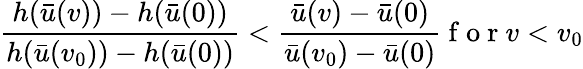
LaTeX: \frac{h(\bar{u}(v))-h(\bar{u}(0))}{h(\bar{u}(v_{0}))-h(\bar{u}(0))}<\frac{\bar{u}(v)-\bar{u}(0)}{\bar{u}(v_{0})-\bar{u}(0)}\mathrm{~f~o~r~}v<v_{0}